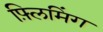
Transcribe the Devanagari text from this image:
फ़्लिमिंग